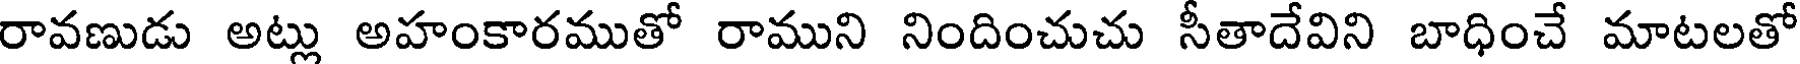
రావణుడు అట్లు అహంకారముతో రాముని నిందించుచు సీతాదేవిని బాధించే మాటలతో